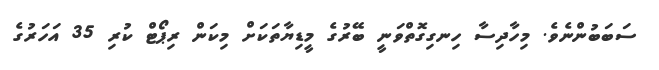
ސަބަބުންނެވެ. މިހާދިސާ ހިނގިގޮތްވަނީ ބޭރުގެ މީޑިޔާތަކަށް މިކަން ރިޕޯޓް ކުރި 35 އަހަރުގެ